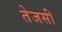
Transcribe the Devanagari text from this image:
तेजसी